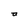
Character: a